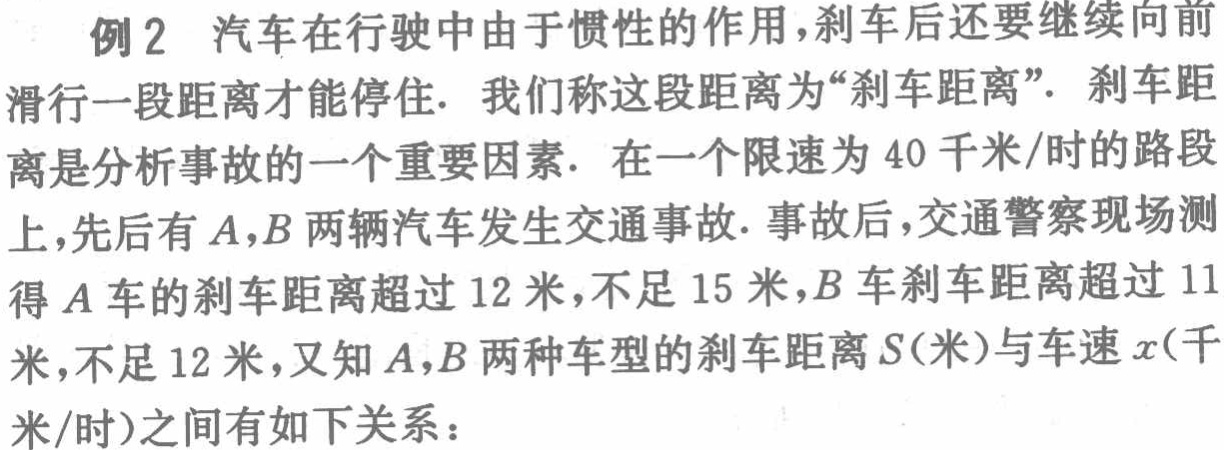
例2 汽车在行驶中由于惯性的作用，刹车后还要继续向前

滑行一段距离才能停住. 我们称这段距离为“刹车距离”. 刹车距

离是分析事故的一个重要因素. 在一个限速为40千米/时的路段

上，先后有\(A,B\)两辆汽车发生交通事故. 事故后，交通警察现场测

得\(A\)车的刹车距离超过12米，不足15米，\(B\)车刹车距离超过11

米，不足12米，又知\(A,B\)两种车型的刹车距离\(S\)(米)与车速\(x\)(千

米/时)之间有如下关系：